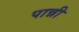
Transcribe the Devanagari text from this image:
पान्नी